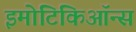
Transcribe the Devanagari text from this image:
इमोटिकिऑन्स